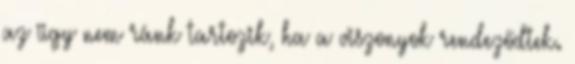
az ügy nem ránk tartozik, ha a viszonyok rendeződtek.